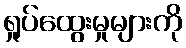
ရှုပ်ထွေးမှုများကို